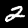
Digit: 2